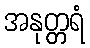
အနုတ္တရံ